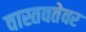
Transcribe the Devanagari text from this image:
वास्तवतेवर